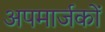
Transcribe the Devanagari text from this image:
अपमार्जकों